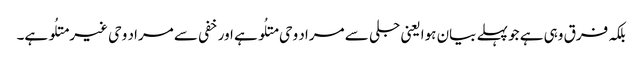
بلکہ فرق وہی ہے جو پہلے بیان ہوا یعنی جلی سے مراد وحی متلُو ہے اور خفی سے مراد وحی غیر متلُو ہے۔